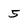
Character: 5